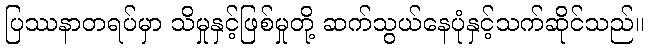
ပြဿနာတရပ်မှာ သိမှုနှင့်ဖြစ်မှုတို့ ဆက်သွယ်နေပုံနှင့်သက်ဆိုင်သည်။